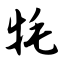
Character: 牦